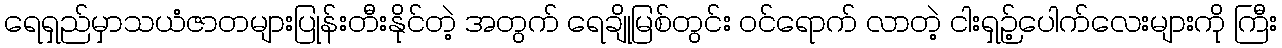
ရေရှည်မှာသယံဇာတများပြုန်းတီးနိုင်တဲ့ အတွက် ရေချိုမြစ်တွင်း ဝင်ရောက် လာတဲ့ ငါးရှဉ့်ပေါက်လေးများကို ကြီး